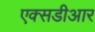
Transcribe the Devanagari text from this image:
एक्सडीआर